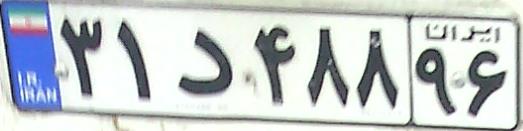
۳۱د۴۸۸۹۶